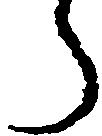
う